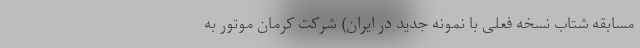
مسابقه شتاب نسخه فعلی با نمونه جدید در ایران) شرکت کرمان موتور به